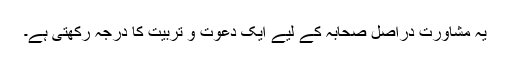
یہ مشاورت دراصل صحابہؓ کے لیے ایک دعوت و تربیت کا درجہ رکھتی ہے۔